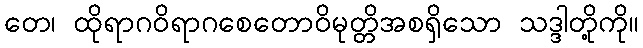
တေ၊ ထိုရာဂဝိရာဂစေတောဝိမုတ္တိအစရှိသော သဒ္ဒါတို့ကို။